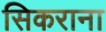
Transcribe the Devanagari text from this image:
सिकराना